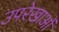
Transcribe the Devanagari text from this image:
उपरेखाओं